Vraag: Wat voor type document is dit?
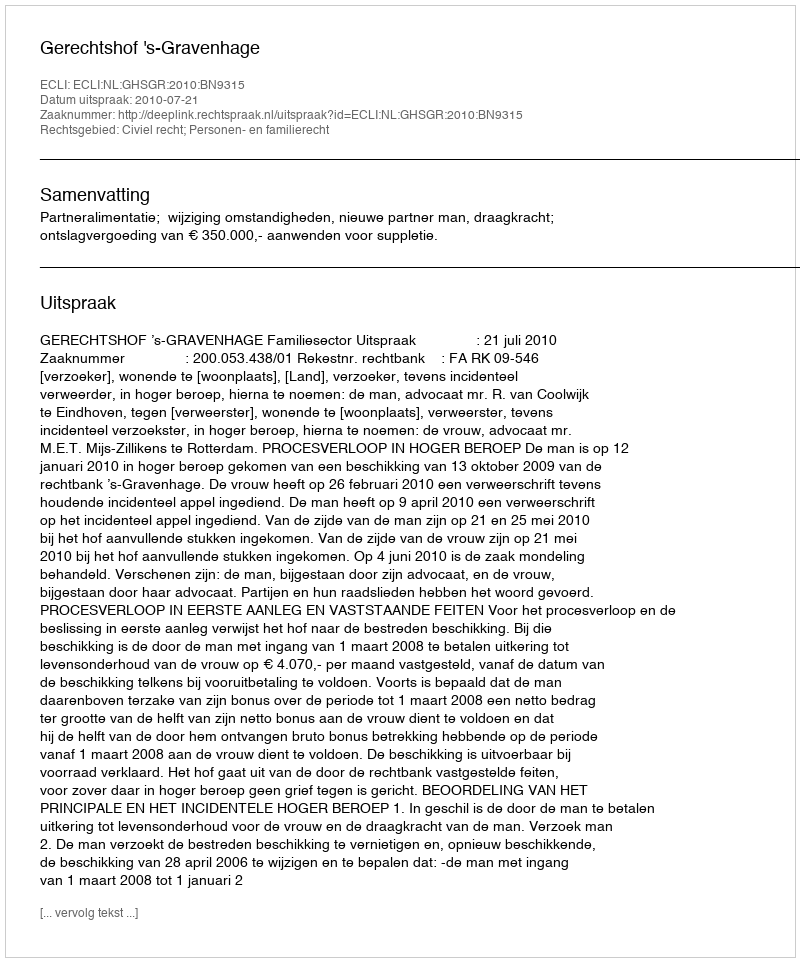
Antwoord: Uitspraak